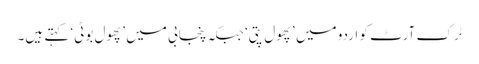
ٹرک آرٹ کو اردو میں ’پھول پتی‘ جبکہ پنجابی میں ’پھول بوٹی‘ کہتے ہیں۔